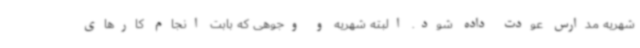
شهریه مدارس عودت داده شود. البته شهریه و وجوهی که بابت انجام کارهای